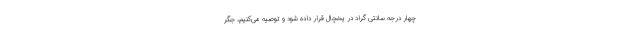
چهار درجه سانتی‌ گراد در یخچال قرار داده شود و توصیه می‌کنیم، جگر